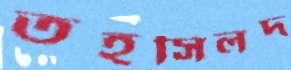
তহসিলদ